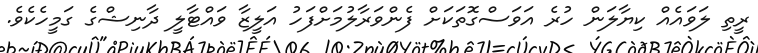
ރީތި ލަވައެއް ކިޔާލަން ހުރެ އަވަސްގޮތަކަށް ފެންވަރާލުމަށްފަހު އަލީޒާ ވައްޓާލީ ދާނިޝްގެ ގަމީހެކެވެ.